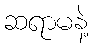
ဆရာမနဲ့